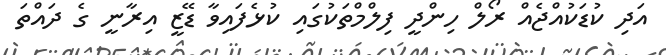
އަދި ކުޑަކުއްޖެއް ރޯލް ހިންދީ ފިލްމްތަކުގައި ކުޅެފައިވާ ޑޭޒީ އިރާނީ ގެ ދައްތަ